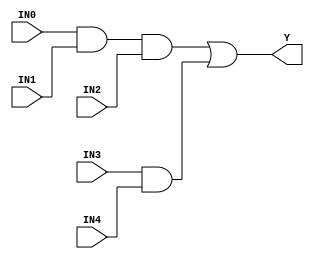
//------------------------------------------------------
// Copyright 1992, 1993 Cascade Design Automation Corporation.
//------------------------------------------------------
module stdao32(IN0,IN1,IN2,IN3,IN4,Y);
  parameter
        d_IN0_r = 0,
        d_IN0_f = 0,
        d_IN1_r = 0,
        d_IN1_f = 0,
        d_IN2_r = 0,
        d_IN2_f = 0,
        d_IN3_r = 0,
        d_IN3_f = 0,
        d_IN4_r = 0,
        d_IN4_f = 0,
        d_Y_r = 1,
        d_Y_f = 1;
  input  IN0;
  input  IN1;
  input  IN2;
  input  IN3;
  input  IN4;
  output  Y;
  wire  IN0_temp;
  wire  IN1_temp;
  wire  IN2_temp;
  wire  IN3_temp;
  wire  IN4_temp;
  reg  Y_temp;
  assign #(d_IN0_r,d_IN0_f) IN0_temp = IN0;
  assign #(d_IN1_r,d_IN1_f) IN1_temp = IN1;
  assign #(d_IN2_r,d_IN2_f) IN2_temp = IN2;
  assign #(d_IN3_r,d_IN3_f) IN3_temp = IN3;
  assign #(d_IN4_r,d_IN4_f) IN4_temp = IN4;
  assign #(d_Y_r,d_Y_f) Y = Y_temp;
  always
    @(IN0_temp or IN1_temp or IN2_temp or IN3_temp or IN4_temp)
      begin
      Y_temp = (((IN0_temp & IN1_temp) & IN2_temp) | (IN3_temp & IN4_temp));
      end
endmodule